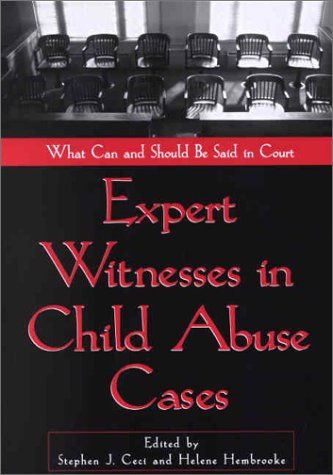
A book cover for Expert Witnesses in Child Abuse Cases: What Can and Should Be Said in Court (Law & Mental Health Professionals); Stephen J. Ceci; Law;